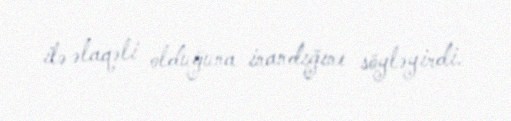
ilə əlaqəli olduğuna inandığını söyləyirdi.